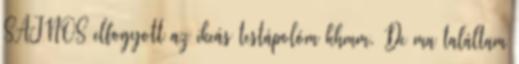
SAJNOS elfogyott az ikeás testápolóm khmm. De ma találtam